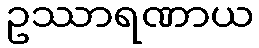
ဥဿာရဏာယ